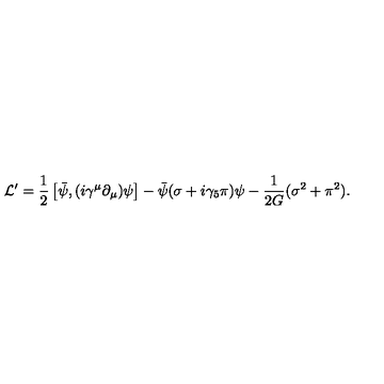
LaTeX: { \cal L } ^ { \prime } = \frac { 1 } { 2 } \left[ \bar { \psi } , ( i \gamma ^ { \mu } \partial _ { \mu } ) \psi \right] - \bar { \psi } ( \sigma + i \gamma _ { 5 } \pi ) \psi - \frac { 1 } { 2 G } ( \sigma ^ { 2 } + \pi ^ { 2 } ) .